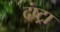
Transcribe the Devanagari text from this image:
दंष्ट्रा